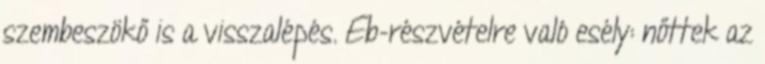
szembeszökő is a visszalépés. Eb-részvételre való esély: nőttek az